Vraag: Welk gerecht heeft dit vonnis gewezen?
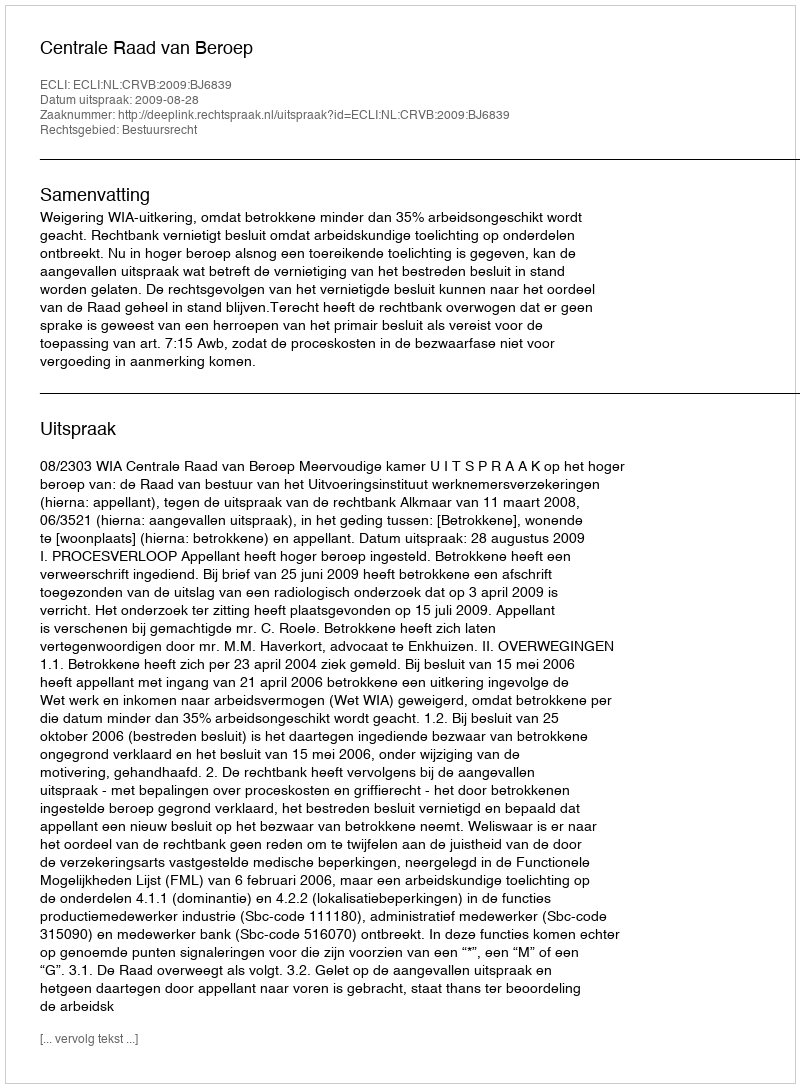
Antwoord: Centrale Raad van Beroep